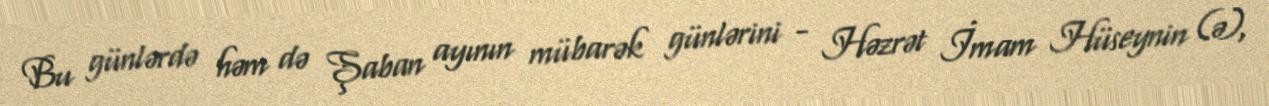
Bu günlərdə həm də Şaban ayının mübarək günlərini - Həzrət İmam Hüseynin (ə),